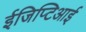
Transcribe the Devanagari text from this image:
ईजिप्टिआई